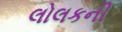
લોલકની